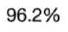
96.2%